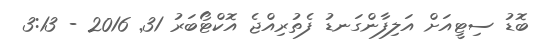
ބޮޑު ސިޓީއަށް އަލިފާންގަނޑު ފެތުރިއްޖެ އޮކްޓޯބަރު 31